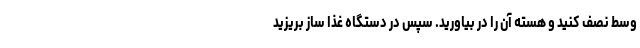
وسط نصف کنید و هسته آن را در بیاورید. سپس در دستگاه غذا ساز بریزید